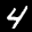
Label: 4